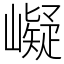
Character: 㠜